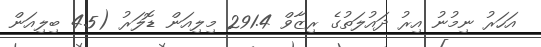
އަހަރު ނިމުނު އިރު ދައުލަތުގެ ރިޒާވް 291.4 މިލިއަން ޑޮލަރު (4.5 ބިލިއަން